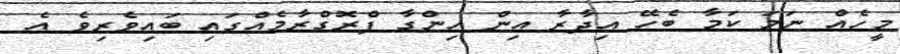
މީހެއް ނަމަ ކަމާ ބެހޭ އިދާރާ އިން ހިންގާ ޕްރޮގްރާމެއްގައި ބައިވެރިވެ އެ